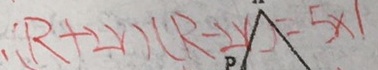
( R + 2 r ) ( R - 2 r ) = 5 \times 1